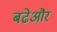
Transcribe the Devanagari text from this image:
बढेऔर